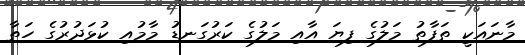
މާނައަކީ ތަފާތު މަލުގެ ފިޔަ އާއި މަލުގެ ކަރުގަނޑު މާމުއި ކުޅަދުރުގެ ހަތާ